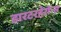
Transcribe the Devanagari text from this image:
डारटरहेरोन्स